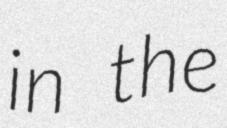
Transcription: in the